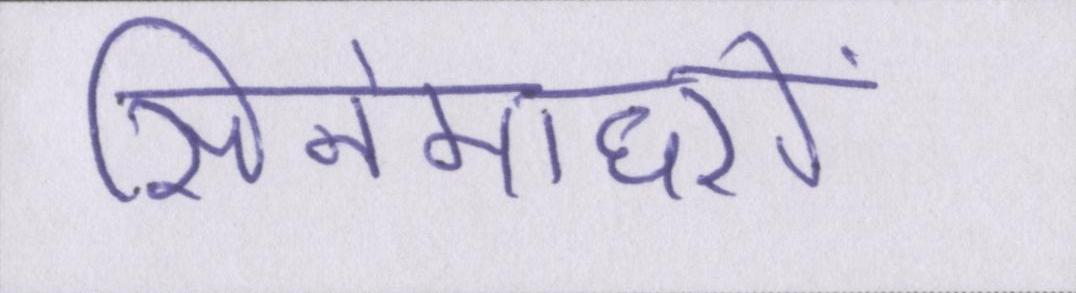
सिनेमाघरों